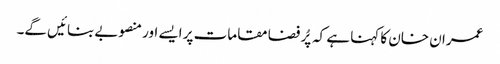
عمران خان کا کہنا ہے کہ پُر فضا مقامات پر ایسے اور منصوبے بنائیں گے۔